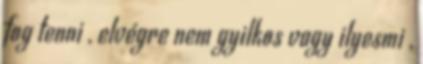
fog tenni , elvégre nem gyilkos vagy ilyesmi ,